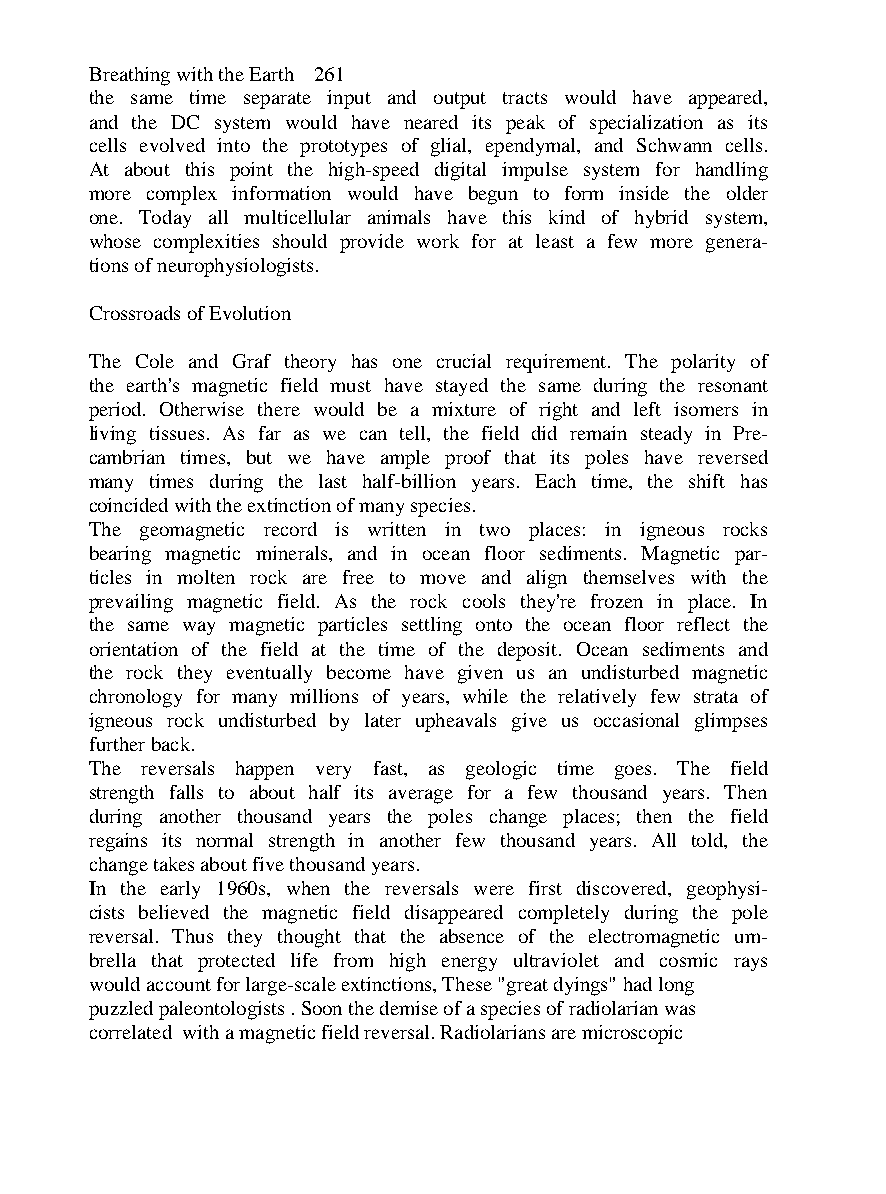
Breathing with the Earth 261
 the same time separate input and output tracts would have appeared,
 and the DC system would have neared its peak of specialization as its
 cells evolved into the prototypes of glial, ependymal, and Schwann cells.
 At about this point the high-speed digital impulse system for handling
 more complex information would have begun to form inside the older
 one. Today all multicellular animals have this kind of hybrid system,
 whose complexities should provide work for at least a few more genera-
 tions of neurophysiologists.
 Crossroads of Evolution
 The Cole and Graf theory has one crucial requirement. The polarity of
 the earth's magnetic field must have stayed the same during the resonant
 period. Otherwise there would be a mixture of right and left isomers in
 living tissues. As far as we can tell, the field did remain steady in Pre-
 cambrian times, but we have ample proof that its poles have reversed
 many times during the last half-billion years. Each time, the shift has
 coincided with the extinction of many species.
 The geomagnetic record is written in two places: in igneous rocks
 bearing magnetic minerals, and in ocean floor sediments. Magnetic par-
 ticles in molten rock are free to move and align themselves with the
 prevailing magnetic field. As the rock cools they're frozen in place. In
 the same way magnetic particles settling onto the ocean floor reflect the
 orientation of the field at the time of the deposit. Ocean sediments and
 the rock they eventually become have given us an undisturbed magnetic
 chronology for many millions of years, while the relatively few strata of
 igneous rock undisturbed by later upheavals give us occasional glimpses
 further back.
 The reversals happen very fast, as geologic time goes. The field
 strength falls to about half its average for a few thousand years. Then
 during another thousand years the poles change places; then the field
 regains its normal strength in another few thousand years. All told, the
 change takes about five thousand years.
 In the early 1960s, when the reversals were first discovered, geophysi-
 cists believed the magnetic field disappeared completely during the pole
 reversal. Thus they thought that the absence of the electromagnetic um-
 brella that protected life from high energy ultraviolet and cosmic rays
 would account for large-scale extinctions, These "great dyings" had long
 puzzled paleontologists . Soon the demise of a species of radiolarian was
 correlated with a magnetic field reversal. Radiolarians are microscopic